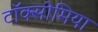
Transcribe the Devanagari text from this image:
टॉक्सोमिया